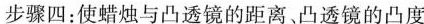
步骤四：使蜡烛与凸透镜的距离、凸透镜的凸度